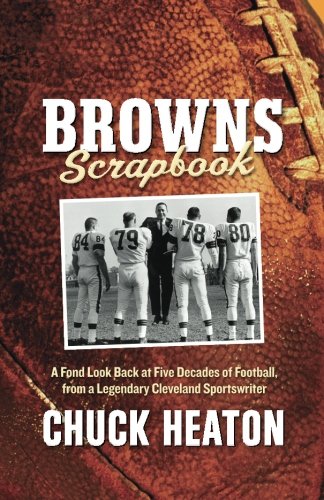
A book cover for Browns Scrapbook: A Fond Look Back at Five Decades of Football, from a Legendary Cleveland Sportswriter; Chuck Heaton; Sports & Outdoors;